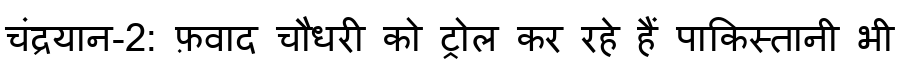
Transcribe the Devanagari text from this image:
चंद्रयान-2: फ़वाद चौधरी को ट्रोल कर रहे हैं पाकिस्तानी भी